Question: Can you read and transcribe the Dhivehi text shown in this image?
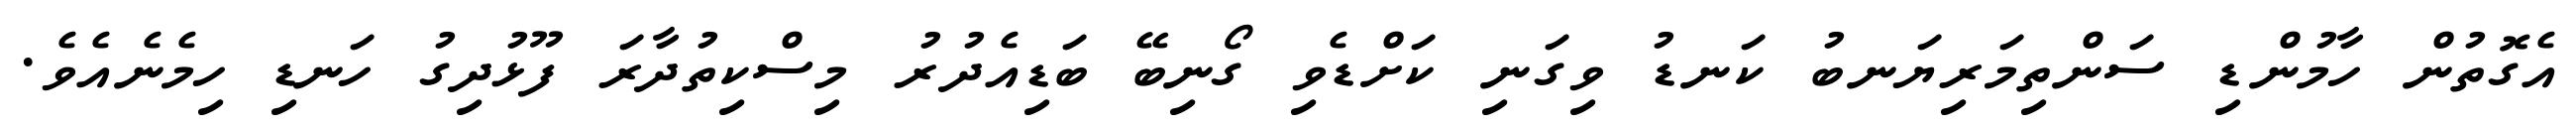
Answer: އެގޮތުން ހާމުންޑި ސަންތިމަރިޔަނބު ކަނޑު ވިގަނި ކަށްޑެވި ގޯނިބޭ ބަޑިއެދުރު މިސްކިތުދާރަ ފޫޅުދިގު ހަނޑި ހިމެނެއެވެ.